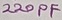
Text: 220PF